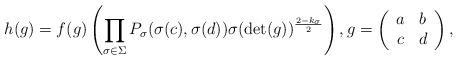
LaTeX: \begin{align*} h(g)=f(g)\left(\prod_{\sigma\in\Sigma} P_\sigma(\sigma(c),\sigma(d))\sigma(\det(g))^{\frac{2-k_\sigma}{2}}\right),g=\left(\begin{array}{cc}a&b\\c&d\end{array}\right), \end{align*}